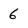
Character: 6